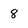
Character: 8